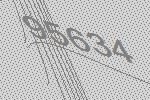
95634